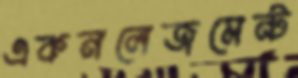
একনলেজমেন্ট